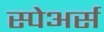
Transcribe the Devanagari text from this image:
स्पेअर्स